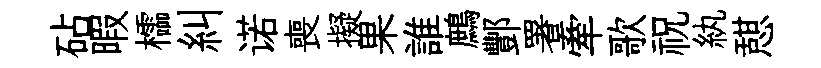
砧暇櫺糾诺喪擬果誰鷓酆署牽歌祝紈憇